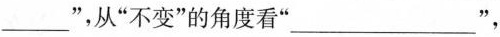
___”，从“不变”的角度看“___”，